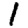
Digit: 1